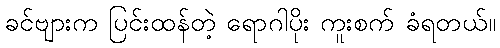
ခင်ဗျားက ပြင်းထန်တဲ့ ရောဂါပိုး ကူးစက် ခံရတယ်။